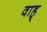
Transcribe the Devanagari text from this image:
वाह्‌